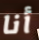
أنا